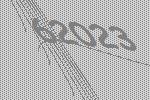
62023